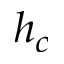
h _ { c }